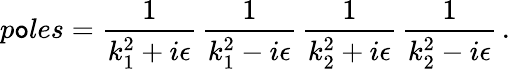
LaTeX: p\mathtt{o}les=\frac{{1}}{{k_{1}^{2}+i\epsilon}}\, \frac{{1}}{{k_{1}^{2}-i\epsilon}}\, \frac{{1}}{{k_{2}^{2}+i\epsilon}}\, \frac{{1}}{{k_{2}^{2}-i\epsilon}}\, .